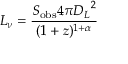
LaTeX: L _ { \nu } = { \frac { S _ { \mathrm { o b s } } 4 \pi { D _ { L } } ^ { 2 } } { ( 1 + z ) ^ { 1 + \alpha } } }